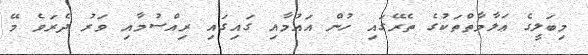
މިބަލީގެ ޢަލާމާތްތަކުގެ ތެރޭގައި ހުން އައުމާއި ގައިގައި ރިއްސުމާއި ވަރު ދެރަވެ މޭ